Report on the nature of kala-azar
Disease focus: Kala-Azar
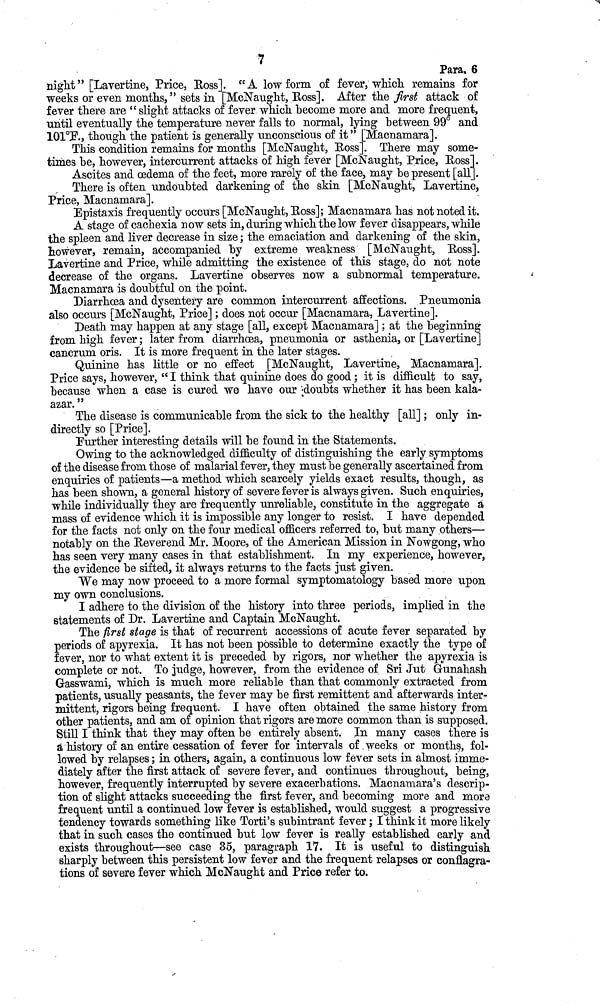
7
Para. 6
night" [Lavertine, Price, Ross]. "A low form of fever, which remains for
weeks or even months, " sets in [McNaught, Ross]. After the first attack of
fever there are " slight attacks of fever which become more and more frequent,
until eventually the temperature never falls to normal, lying between 99° and
101 F., though the patient is generally unconscious of it" [Macnamara].
This condition remains for months [McNaught, Ross]. There may some-
times be, however, intercurrent attacks of high fever [McNaught, Price, Ross].
Ascites and œdema of the feet, more rarely of the face, may be present [all].
There is often undoubted darkening of the skin [McNaught, Lavertine,
Price, Macnamara].
Epistaxis frequently occurs [McNaught, Ross]; Macnamara has not noted it.
A stage of cachexia now sets in, during which the low fever disappears, while
the spleen and liver decrease in size ; the emaciation and darkening of the skin,
however, remain, accompanied by extreme weakness [McNaught, Ross].
Lavertine and Price, while admitting the existence of this stage, do not note
decrease of the organs. Lavertine observes now a subnormal temperature.
Macnamara is doubtful on the point.
Diarrhœa and dysentery are common intercurrent affections. Pneumonia
also occurs [McNaught, Price] ; does not occur [Macnamara, Lavertine].
Death may happen at any stage [all, except Macnamara] ; at the beginning
from high fever ; later from diarrhoea, pneumonia or asthenia, or [Lavertine]
cancrum oris. It is more frequent in the later stages.
Quinine has little or no effect [McNaught, Lavertine, Macnamara].
Price says, however, " I think that quinine does do good ; it is difficult to say,
because when a case is cured we have our doubts whether it has been kala-
azar. "
The disease is communicable from the sick to the healthy [all] ; only in-
directly so [Price].
Further interesting details will be found in the Statements.
Owing to the acknowledged difficulty of distinguishing the early symptoms
of the disease from those of malarial fever, they must be generally ascertained from
enquiries of patients—a method which scarcely yields exact results, though, as
has been shown, a general history of severe fever is always given. Such enquiries,
while individually they are frequently unreliable, constitute in the aggregate à
mass of evidence which it is impossible any longer to resist. I have depended
for the facts not only on the four medical officers referred to, but many others—
notably on the Reverend Mr. Moore, of the American Mission in Nowgong, who
has seen very many cases in that establishment. In my experience, however,
the evidence be sifted, it always returns to the facts just given.
We may now proceed to a more formal symptomatology based more upon
my own conclusions.
I adhere to the division of the history into three periods, implied in the
statements of Dr. Lavertine and Captain McNaught.
The first stage is that of recurrent accessions of acute fever separated by
periods of apyrexia. It has not been possible to determine exactly the type of
fever, nor to what extent it is preceded by rigors, nor whether the apyrexia is
complete or not. To judge, however, from the evidence of Sri Jut G-unahash
Gasswami, which is much more reliable than that commonly extracted from
patients, usually peasants, the fever may be first remittent and afterwards inter-
mittent, rigors being frequent. I have often obtained the same history from
other patients, and am of opinion that rigors are more common than is supposed.
Still I think that they may often be entirely absent. In many cases there is
a history of an entire cessation of fever for intervals of weeks or months, fol-
lowed by relapses ; in others, again, a continuous low fever sets in almost imme-
diately after the first attack of severe fever, and continues throughout, being,
however, frequently interrupted by severe exacerbations. Macnamara's descrip-
tion of slight attacks succeeding the first fever, and becoming more and more
frequent until a continued low fever is established, would suggest a progressive
tendency towards something like Torti's subintrant fever ; I think it more likely
that in such cases the continued but low fever is really established early and
exists throughout—see case 35, paragraph 17. It is useful to distinguish
sharply between this persistent low fever and the frequent relapses or conflagra-
tions of severe fever which McNaught and Price refer to.